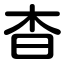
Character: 杳